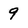
Character: 9